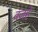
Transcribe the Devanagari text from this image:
वजहे